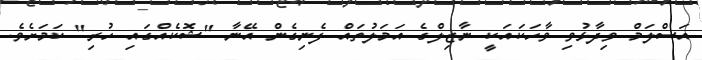
އަސްލަމް ވިދާޅުވި ވާހަކައަކީ ނާޒިލްގެ އަމަލުތައް ފެނިގެން އޭނާ "ޝޮކެއްގައި ހުރި" ކަމަށެވެ.